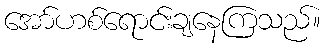
အော်ဟစ်ရောင်းချနေကြသည်။